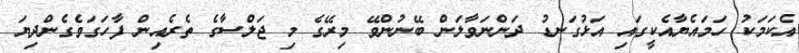
އެކަމަކު ހަމައެޔާއެކީގައި އަޅުގަނޑު ދަންނަވާލަން ބޭނުންވޭ މިރޭގެ މި ޖަލްސާގެ ތެރެއިން ފާހަގަވެގެންދިޔަ